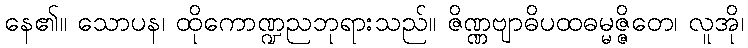
နေ၏။ သောပန၊ ထိုကောဏ္ဍညဘုရားသည်။ ဇိဏ္ဏဗျာဓိပထဓမ္မဇ္ဇိတေ၊ လူအို၊